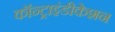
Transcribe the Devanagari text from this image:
कॉन्ट्राइंडीकेशन